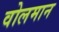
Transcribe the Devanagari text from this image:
वोलमान